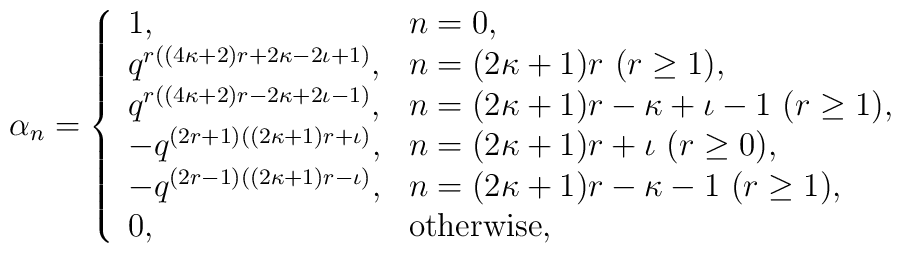
\alpha_n = \left\{\begin{array}{ll}1, & n=0, \\q^{r((4\kappa +2)r+2\kappa -2\iota +1)},& n=(2\kappa +1)r ~(r \geq 1), \\q^{r((4\kappa +2)r-2\kappa +2\iota -1)},& n=(2\kappa +1)r-\kappa +\iota -1 ~(r \geq 1), \\-q^{(2r+1)((2\kappa +1)r+\iota )},& n=(2\kappa +1)r +\iota ~(r \geq 0), \\-q^{(2r-1)((2\kappa +1)r-\iota )},& n=(2\kappa +1)r-\kappa -1 ~(r \geq 1), \\0, & \mbox{otherwise},\end{array} \right.